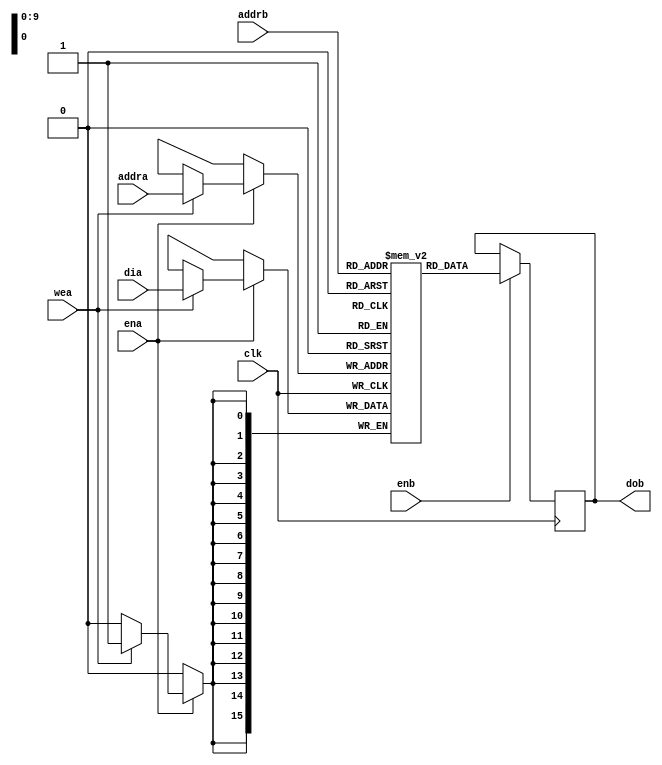
////////////////////////// SIMPLE DUAL PORT ONE CLOCK RAM ///////////////////
module simple_dual_one_clock (clk,ena,enb,wea,addra,addrb,dia,dob);
input clk,ena,enb,wea;
input [9:0] addra,addrb;
input [15:0] dia;
output [15:0] dob;

reg [15:0] ram [1023:0];
reg [15:0] dob;

always @(posedge clk) 
begin
    if (ena) 
    begin
        if (wea)
            ram[addra] <= dia;
    end
end

always @(posedge clk) 
begin
    if (enb)
        dob <= ram[addrb];
end

endmodule